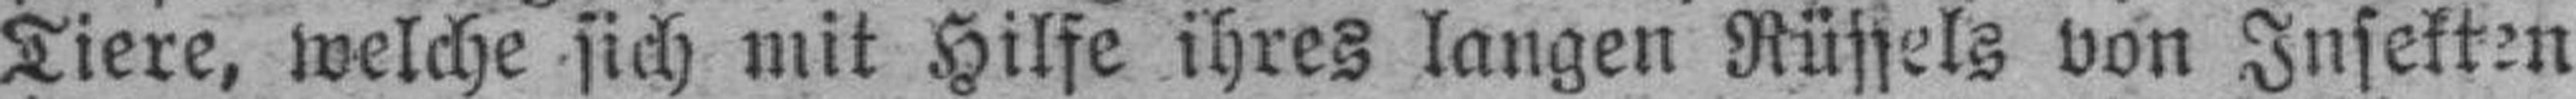
Tiere, welche sich mit Hilfe ihres langen Rüssels von Insekten